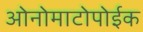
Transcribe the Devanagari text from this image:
ओनोमाटोपोईक